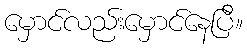
မှောင်လည်းမှောင်နေပြီ။